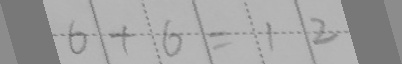
6 + 6 = 1 2